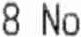
8 NO